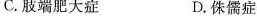
C.肢端肥大症 D.侏儒症